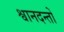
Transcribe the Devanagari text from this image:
श्वानदन्तों